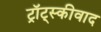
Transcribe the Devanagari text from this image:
ट्रॉट्स्कीवाद